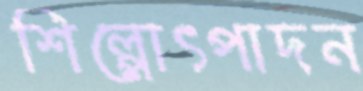
শিল্পোৎপাদন